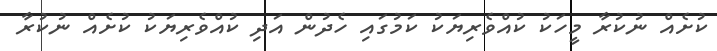
ކުށެއް ނުކުރާ މީހަކު ކުއްވެރިޔަކު ކަމުގައި ހެދުން އަދި ކުއްވެރިޔަކު ކުށެއް ނުކުރާ